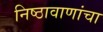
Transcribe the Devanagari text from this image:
निष्ठावाणांचा